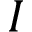
I